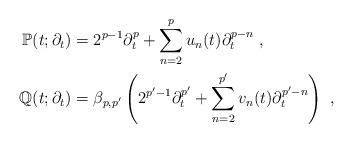
LaTeX: \begin{align*}\mathbb{P}(t;\partial_t)&=2^{p-1}\partial_t^p+\sum_{n=2}^pu_n(t)\partial_t^{p-n}\ ,\\\mathbb{Q}(t;\partial_t)&=\beta_{p,p'}\left(2^{p'-1}\partial_t^{p'}+\sum_{n=2}^{p'}v_n(t)\partial_t^{p'-n}\right)\ ,\end{align*}